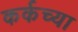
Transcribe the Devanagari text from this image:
कर्कच्या